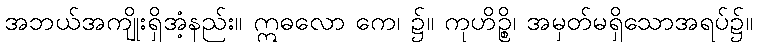
အဘယ်အကျိုးရှိအံ့နည်း။ ဣဓလော ကေ၊ ၌။ ကုဟိဉ္စိ၊ အမှတ်မရှိသောအရပ်၌။